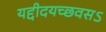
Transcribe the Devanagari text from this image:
यद्दीदयच्छवसऽ